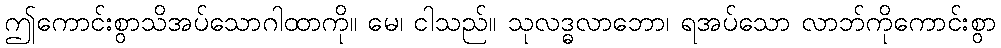
ဤကောင်းစွာသိအပ်သောဂါထာကို။ မေ၊ ငါသည်။ သုလဒ္ဓလာဘော၊ ရအပ်သော လာဘ်ကိုကောင်းစွာ